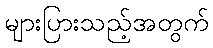
များပြားသည့်အတွက်